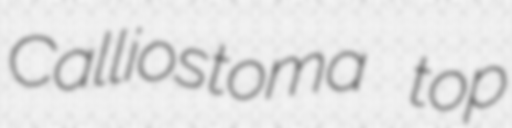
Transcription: Calliostoma top